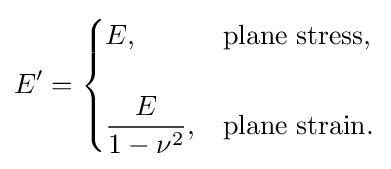
E'={\begin{cases}E,&\mathrm {plane~stress} ,\\\\{\dfrac {E}{1-\nu ^{2}}},&\mathrm {plane~strain} .\end{cases}}